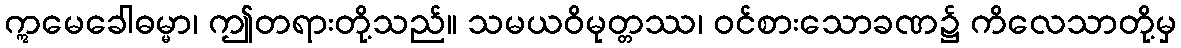
ဣမေခေါဓမ္မာ၊ ဤတရားတို့သည်။ သမယဝိမုတ္တဿ၊ ဝင်စားသောခဏ၌ ကိလေသာတို့မှ